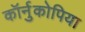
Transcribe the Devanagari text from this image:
कॉर्नुकोपिया